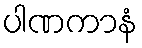
ပါဏကာနံ